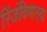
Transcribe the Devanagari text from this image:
रिंजंविणार्‍या